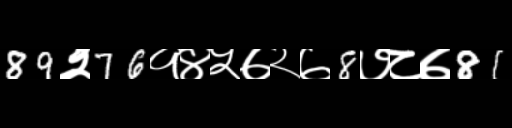
Text: 89२76१४५७२७8७८७81